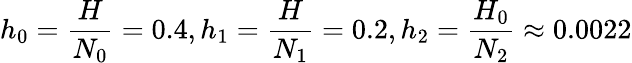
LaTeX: h_{0}=\frac{H}{N_{0}}=0.4,h_{1}=\frac{H}{N_{1}}=0.2,h_{2}=\frac{H_{0}}{N_{2}}\approx 0.0022